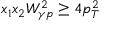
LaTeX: x _ { 1 } x _ { 2 } W _ { \gamma p } ^ { 2 } \ge 4 p _ { T } ^ { 2 }